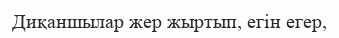
Диқаншылар жер жыртып, егін егер,